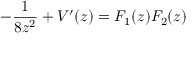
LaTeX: - \frac { 1 } { 8 z ^ { 2 } } + V ^ { \prime } ( z ) = F _ { 1 } ( z ) F _ { 2 } ( z )